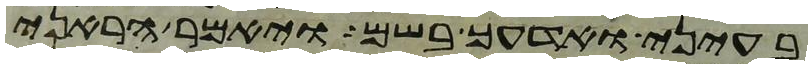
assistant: בעיני ואדעך בשם ויאמר הראני